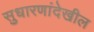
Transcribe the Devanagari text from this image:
सुधारणांदेखील